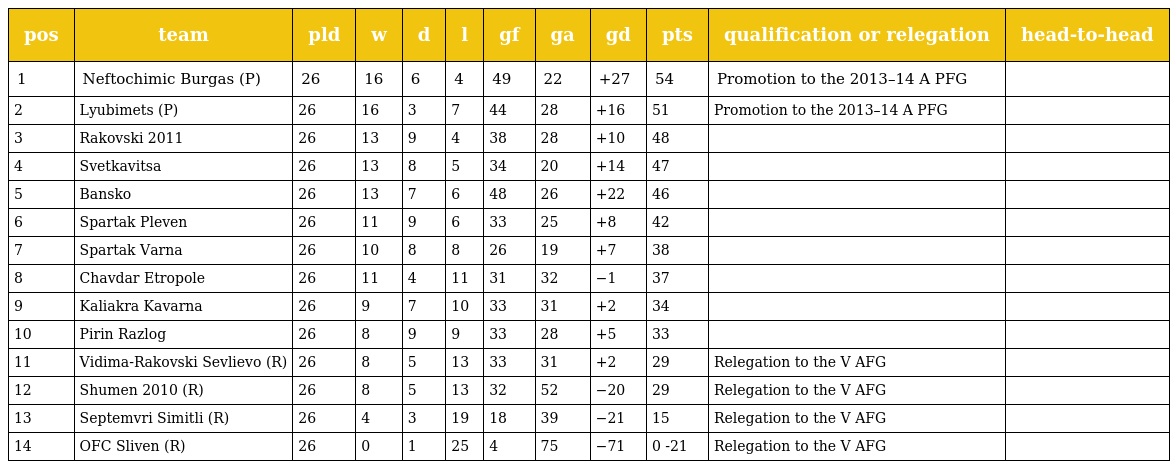
| pos | team | pld | w | d | l | gf | ga | gd | pts | qualification or relegation | head-to-head |
 | --- | --- | --- | --- | --- | --- | --- | --- | --- | --- | --- | --- |
 | 1 | Neftochimic Burgas (P) | 26 | 16 | 6 | 4 | 49 | 22 | +27 | 54 | Promotion to the 2013–14 A PFG |  |
 | 2 | Lyubimets (P) | 26 | 16 | 3 | 7 | 44 | 28 | +16 | 51 | Promotion to the 2013–14 A PFG |  |
 | 3 | Rakovski 2011 | 26 | 13 | 9 | 4 | 38 | 28 | +10 | 48 |  |  |
 | 4 | Svetkavitsa | 26 | 13 | 8 | 5 | 34 | 20 | +14 | 47 |  |  |
 | 5 | Bansko | 26 | 13 | 7 | 6 | 48 | 26 | +22 | 46 |  |  |
 | 6 | Spartak Pleven | 26 | 11 | 9 | 6 | 33 | 25 | +8 | 42 |  |  |
 | 7 | Spartak Varna | 26 | 10 | 8 | 8 | 26 | 19 | +7 | 38 |  |  |
 | 8 | Chavdar Etropole | 26 | 11 | 4 | 11 | 31 | 32 | −1 | 37 |  |  |
 | 9 | Kaliakra Kavarna | 26 | 9 | 7 | 10 | 33 | 31 | +2 | 34 |  |  |
 | 10 | Pirin Razlog | 26 | 8 | 9 | 9 | 33 | 28 | +5 | 33 |  |  |
 | 11 | Vidima-Rakovski Sevlievo (R) | 26 | 8 | 5 | 13 | 33 | 31 | +2 | 29 | Relegation to the V AFG |  |
 | 12 | Shumen 2010 (R) | 26 | 8 | 5 | 13 | 32 | 52 | −20 | 29 | Relegation to the V AFG |  |
 | 13 | Septemvri Simitli (R) | 26 | 4 | 3 | 19 | 18 | 39 | −21 | 15 | Relegation to the V AFG |  |
 | 14 | OFC Sliven (R) | 26 | 0 | 1 | 25 | 4 | 75 | −71 | 0 -21 | Relegation to the V AFG |  |